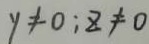
y \neq 0 ; z \neq 0